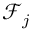
{ \mathcal { F } } _ { j }